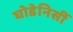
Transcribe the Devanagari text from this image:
घोडेनिसीं